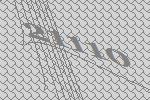
21110